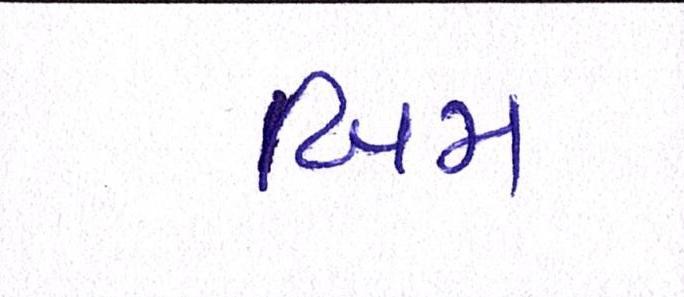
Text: બિમ